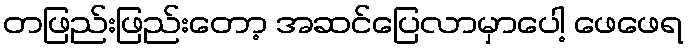
တဖြည်းဖြည်းတော့ အဆင်ပြေလာမှာပေါ့ ဖေဖေရ